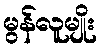
မွန်လူမျိုး